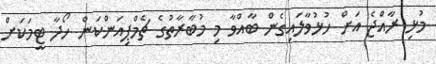
މުޅި ރާއްޖެ އަށް ހުޅުވާލައިގެން ބާއްވާ މި މުބާރާތުގެ ޗެމްޕިއަންކަން ހޯދާ ޓީމަކަށް